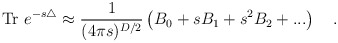
\begin{align*}\mbox{Tr}~e^{-s\triangle}\approx{1 \over (4\pi s)^{D/2}}\left(B_0+sB_1+s^2 B_2+...\right)~~~.\end{align*}